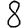
Digit: 8